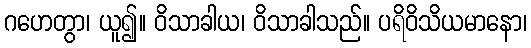
ဂဟေတွာ၊ ယူ၍။ ဝိသာခါယ၊ ဝိသာခါသည်။ ပရိဝိသိယမာနော၊